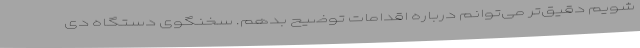
شویم دقیق‌تر می‌توانم درباره اقدامات توضیح بدهم. سخنگوی دستگاه دی